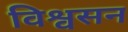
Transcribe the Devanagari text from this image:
विश्वसन